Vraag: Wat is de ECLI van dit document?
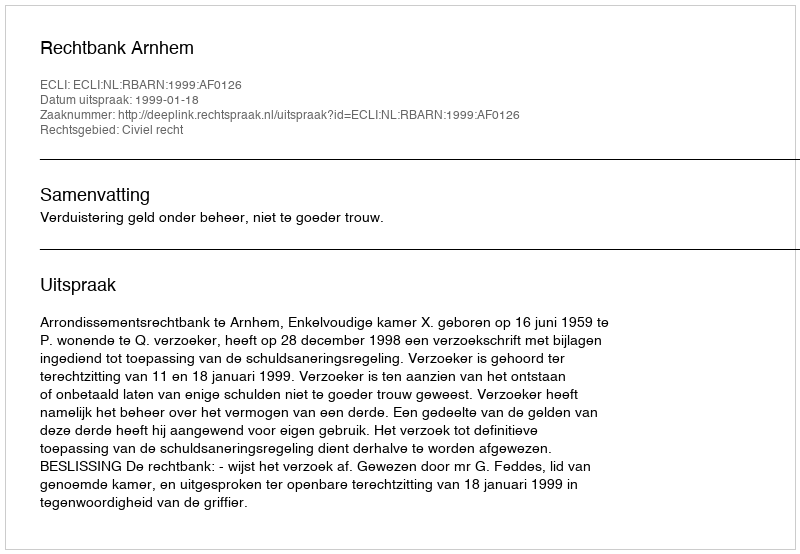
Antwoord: ECLI:NL:RBARN:1999:AF0126